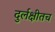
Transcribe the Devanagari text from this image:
दुर्लक्षीतच